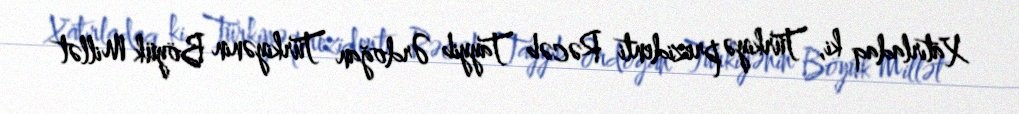
Xatırladaq ki, Türkiyə prezidenti Rəcəb Tayyib Ərdoğan Türkiyənin Böyük Millət